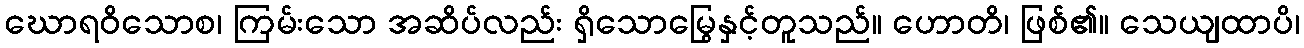
ဃောရဝိသောစ၊ ကြမ်းသော အဆိပ်လည်း ရှိသောမြွေနှင့်တူသည်။ ဟောတိ၊ ဖြစ်၏။ သေယျထာပိ၊